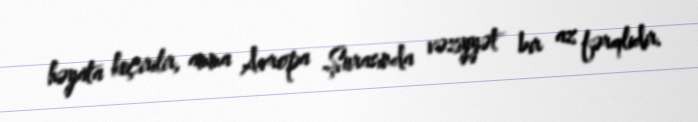
həyata keçirilir, amma Avropa Şurasında vəziyyət bir az fərqlidir.